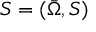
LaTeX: S = ( { \bar { \Omega } } , S )